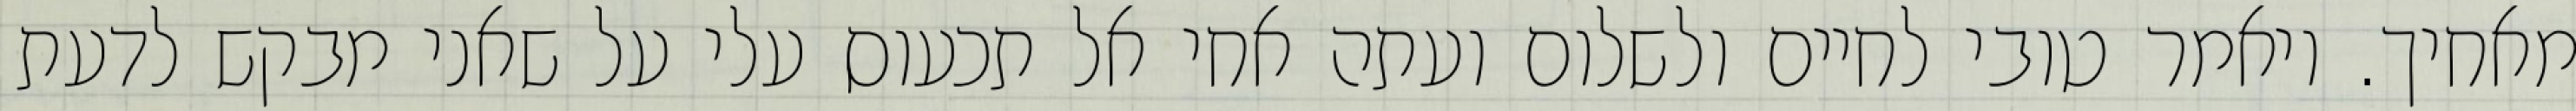
מאחיך. ויאמר טובי לחיים ולשלום ועתה אחי אל תכעוס עלי על שאני מבקש לדעת